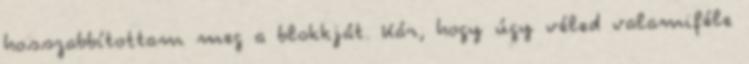
hosszabbítottam meg a blokkját. Kár, hogy úgy véled valamiféle